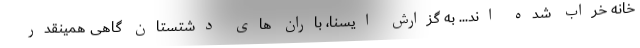
خانه خراب شده اند... به گزارش ایسنا، باران های دشتستان گاهی همینقدر